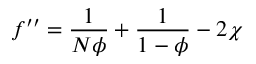
f ^ { \prime \prime } = { \frac { 1 } { N \phi } } + { \frac { 1 } { 1 - \phi } } - 2 \chi